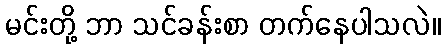
မင်းတို့ ဘာ သင်ခန်းစာ တက်နေပါသလဲ။